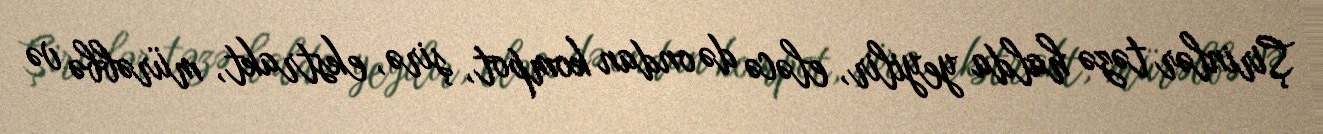
Şirinlər təzə halda yeyilir, eləcə də ondan kompot, şirə, ekstrakt, mürəbbə və